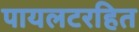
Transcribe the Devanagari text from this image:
पायलटरहित